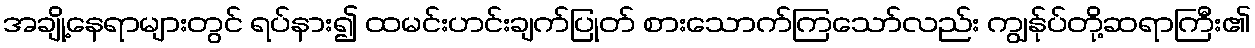
အချို့နေရာများတွင် ရပ်နား၍ ထမင်းဟင်းချက်ပြုတ် စားသောက်ကြသော်လည်း ကျွန်ုပ်တို့ဆရာကြီး၏